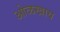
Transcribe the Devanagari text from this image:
ओळखाय